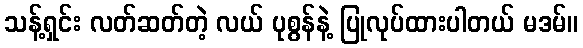
သန့်ရှင်း လတ်ဆတ်တဲ့ လယ် ပုစွန်နဲ့ ပြုလုပ်ထားပါတယ် မဒမ်။